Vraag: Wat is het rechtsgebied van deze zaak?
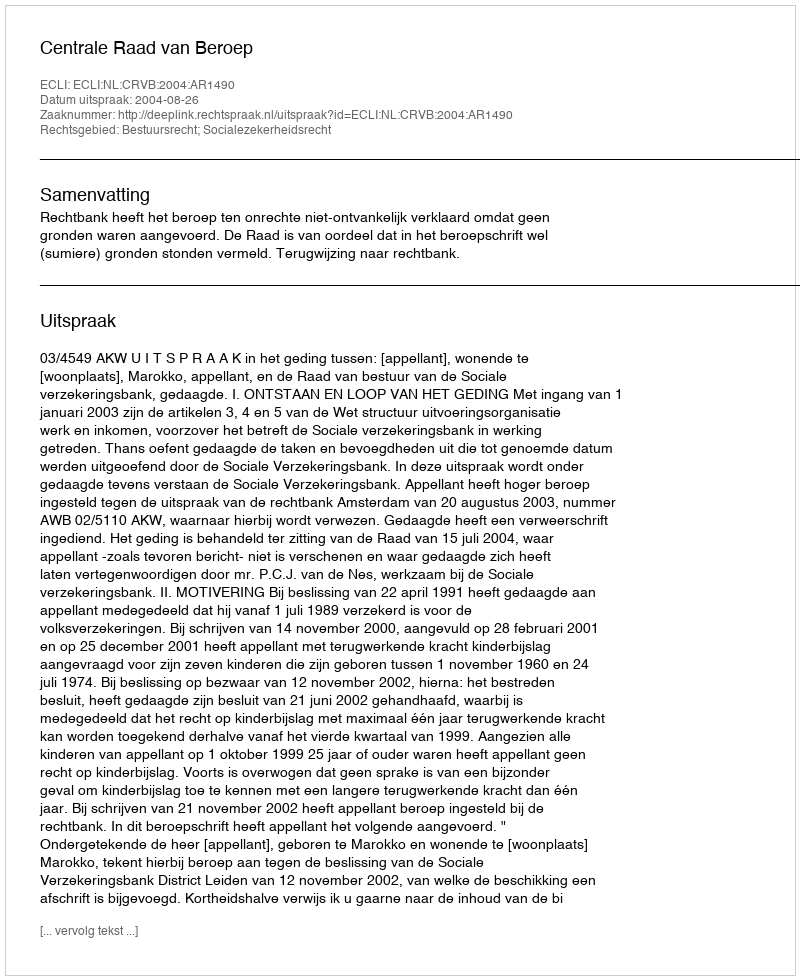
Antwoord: Bestuursrecht; Socialezekerheidsrecht